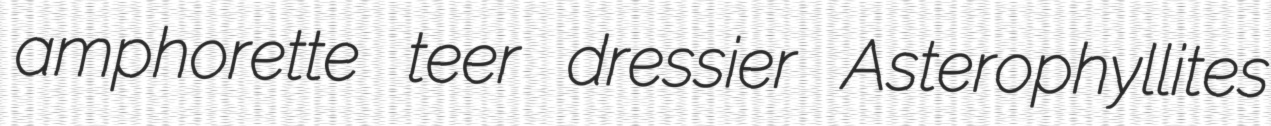
amphorette teer dressier Asterophyllites